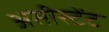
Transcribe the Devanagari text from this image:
असीस्टेंट